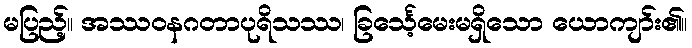
မပြည့်။ အဿဝနဂတာပုရိသဿ၊ ခြင်္သေ့မေးမရှိသော ယောကျာ်း၏။